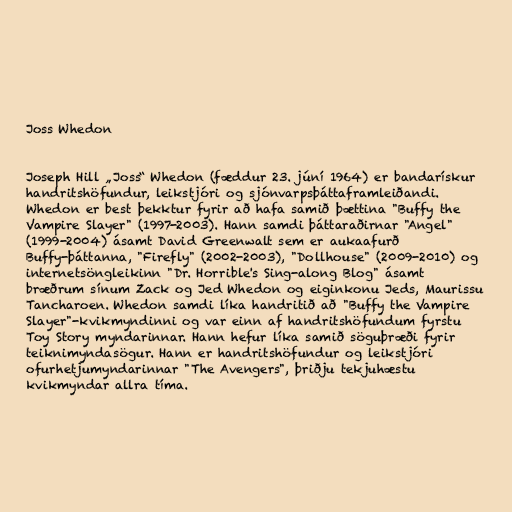
Joss Whedon

Joseph Hill „Joss“ Whedon (fæddur 23. júní 1964) er bandarískur
handritshöfundur, leikstjóri og sjónvarpsþáttaframleiðandi.
Whedon er best þekktur fyrir að hafa samið þættina "Buffy the
Vampire Slayer" (1997-2003). Hann samdi þáttaraðirnar "Angel"
(1999-2004) ásamt David Greenwalt sem er aukaafurð
Buffy-þáttanna, "Firefly" (2002-2003), "Dollhouse" (2009-2010) og
internetsöngleikinn "Dr. Horrible's Sing-along Blog" ásamt
bræðrum sínum Zack og Jed Whedon og eiginkonu Jeds, Maurissu
Tancharoen. Whedon samdi líka handritið að "Buffy the Vampire
Slayer"-kvikmyndinni og var einn af handritshöfundum fyrstu
Toy Story myndarinnar. Hann hefur líka samið söguþræði fyrir
teiknimyndasögur. Hann er handritshöfundur og leikstjóri
ofurhetjumyndarinnar "The Avengers", þriðju tekjuhæstu
kvikmyndar allra tíma.